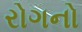
રોગનો